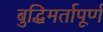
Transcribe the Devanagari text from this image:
बुद्धिमर्तापूर्ण